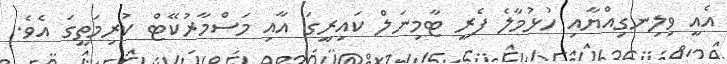
އެއީ ވިލިނގިއްޔާއި ހުޅުމާލެ ފެރީ ޓާމިނަލް ކައިރީގަ އާއި މަސްމާރުކޭޓް ކުރިމަތީގަ އެވެ.